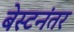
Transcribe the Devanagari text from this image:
बेस्टनंतर